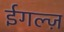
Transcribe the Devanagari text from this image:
ईगल्ज़